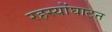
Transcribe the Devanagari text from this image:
रहस्योंघाटन